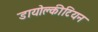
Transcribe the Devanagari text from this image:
डायोक्लीटियन